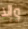
وإلا